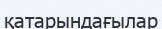
қатарындағылар